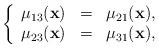
LaTeX: \begin{align*}\left\{\begin{array}{ccc}\mu_{13}(\mathbf{x}) &=& \mu_{21}(\mathbf{x}),\\\mu_{23}(\mathbf{x}) &=& \mu_{31}(\mathbf{x}),\end{array}\right.\end{align*}